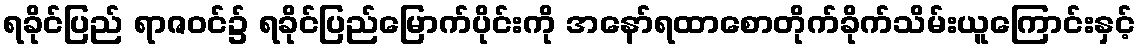
ရခိုင်ပြည် ရာဇဝင်၌ ရခိုင်ပြည်မြောက်ပိုင်းကို အနော်ရထာစောတိုက်ခိုက်သိမ်းယူကြောင်းနှင့်